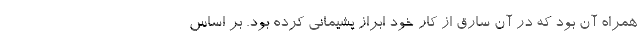
همراه آن بود که در آن سارق از کار خود ابراز پشیمانی کرده بود. بر اساس